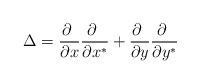
\begin{align*}\Delta=\frac{\partial \ }{\partial x}\frac{\partial \ }{\partial x^*}+\frac{\partial \ }{\partial y}\frac{\partial \ }{\partial y^*}\end{align*}